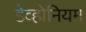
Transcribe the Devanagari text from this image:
डेव्होनियम